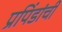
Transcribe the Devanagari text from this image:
प्रपिंडांची